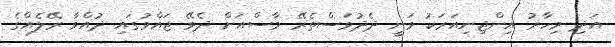
އަދި މިހާރު އިންޖިނިއަރަކު ވަނީ ދެދުވަސްތެރޭ މާސްއަށް ދެވޭ ޖައްވުގައި ދުއްވާ ރޭލެއްގެ